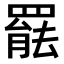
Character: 𮊒